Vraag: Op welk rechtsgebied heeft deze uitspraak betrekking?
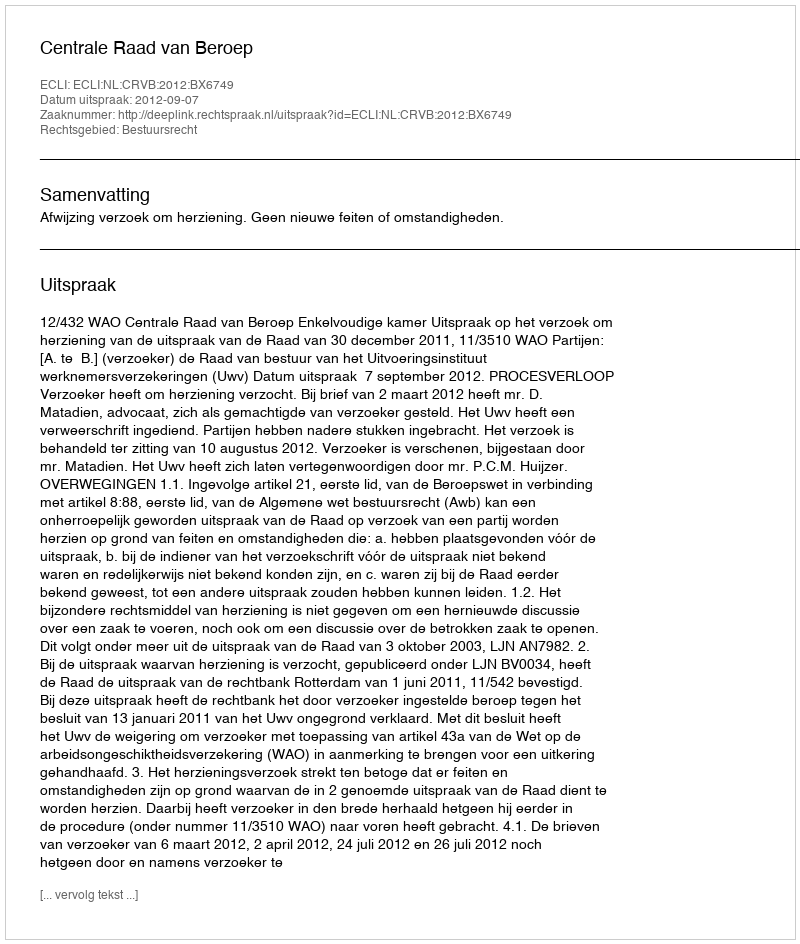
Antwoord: Bestuursrecht